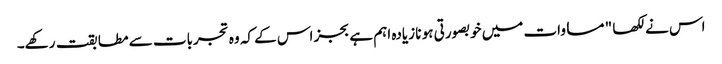
اس نے لکھا " مساوات میں خوبصورتی ہو نا زیادہ اہم ہے بجز اس کے کہ وہ تجربات سے مطابقت رکھے۔